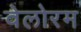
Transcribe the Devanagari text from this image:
वेलोरम